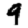
Digit: 9